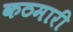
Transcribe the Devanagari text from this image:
कठमारी